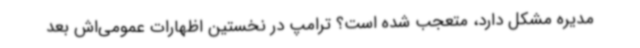
مدیره مشکل دارد، متعجب شده است؟ ترامپ در نخستین اظهارات عمومی‌اش بعد